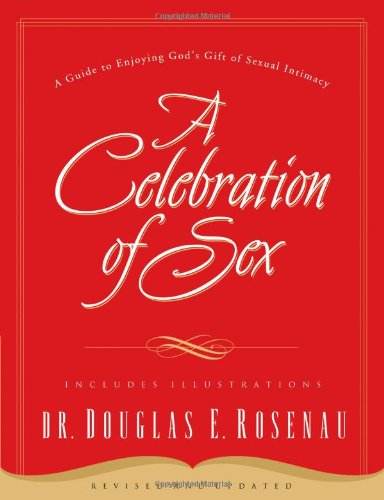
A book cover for A Celebration of Sex: A Guide to Enjoying God's Gift of Sexual Intimacy; Douglas E. Rosenau; Self-Help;